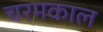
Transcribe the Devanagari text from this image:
चरमकाल